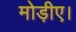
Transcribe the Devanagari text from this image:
मोड़ीए।